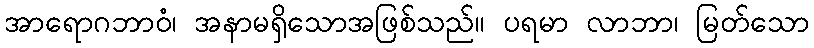
အာရောဂဘာဝံ၊ အနာမရှိသောအဖြစ်သည်။ ပရမာ လာဘာ၊ မြတ်သော